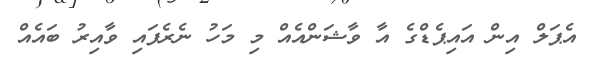
އެޕަލް އިން އައިޕެޑްގެ އާ ވާޝަންއެއް މި މަހު ނެރެފައި ވާއިރު ބައެއް